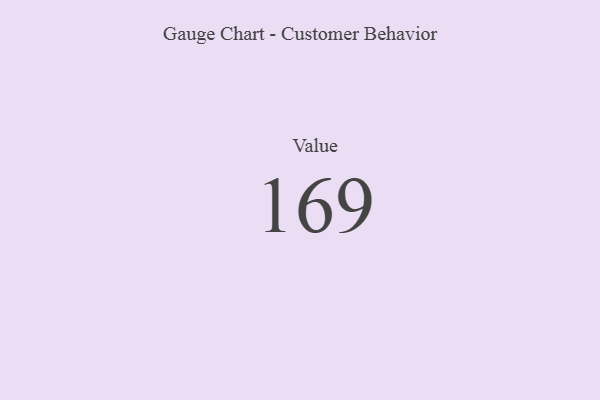
{"axis": {"x": "Metric", "y": "Value"}, "legend": [""], "data": [{"x": "Value", "y": 169, "type": ""}]}